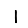
Digit: 1